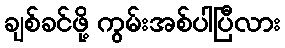
ချစ်ခင်ဖို့ ကွမ်းအစ်ပါပြီလား